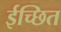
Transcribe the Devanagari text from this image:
ईच्छित